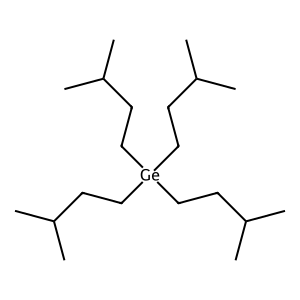
SMILES: CC(C)CC[Ge](CCC(C)C)(CCC(C)C)CCC(C)C
Inhibits HIV replication: No